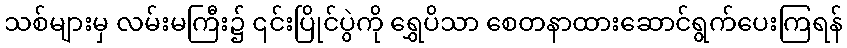
သစ်များမှ လမ်းမကြီး၌ ၎င်းပြိုင်ပွဲကို ရွှေပိသာ စေတနာထားဆောင်ရွက်ပေးကြရန်